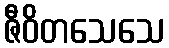
ဇီဝိတသေသေ